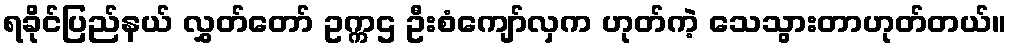
ရခိုင်ပြည်နယ် လွှတ်တော် ဥက္ကဌ ဦးစံကျော်လှက ဟုတ်ကဲ့ သေသွားတာဟုတ်တယ်။